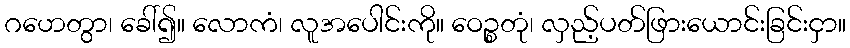
ဂဟေတွာ၊ ခေါ်၍။ လောကံ၊ လူအပေါင်းကို။ ဝေဉ္စတုံ၊ လှည့်ပတ်ဖြားယောင်းခြင်းငှာ။